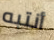
أنتبه